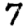
Digit: 7